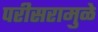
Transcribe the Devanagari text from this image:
परीसरामुळे